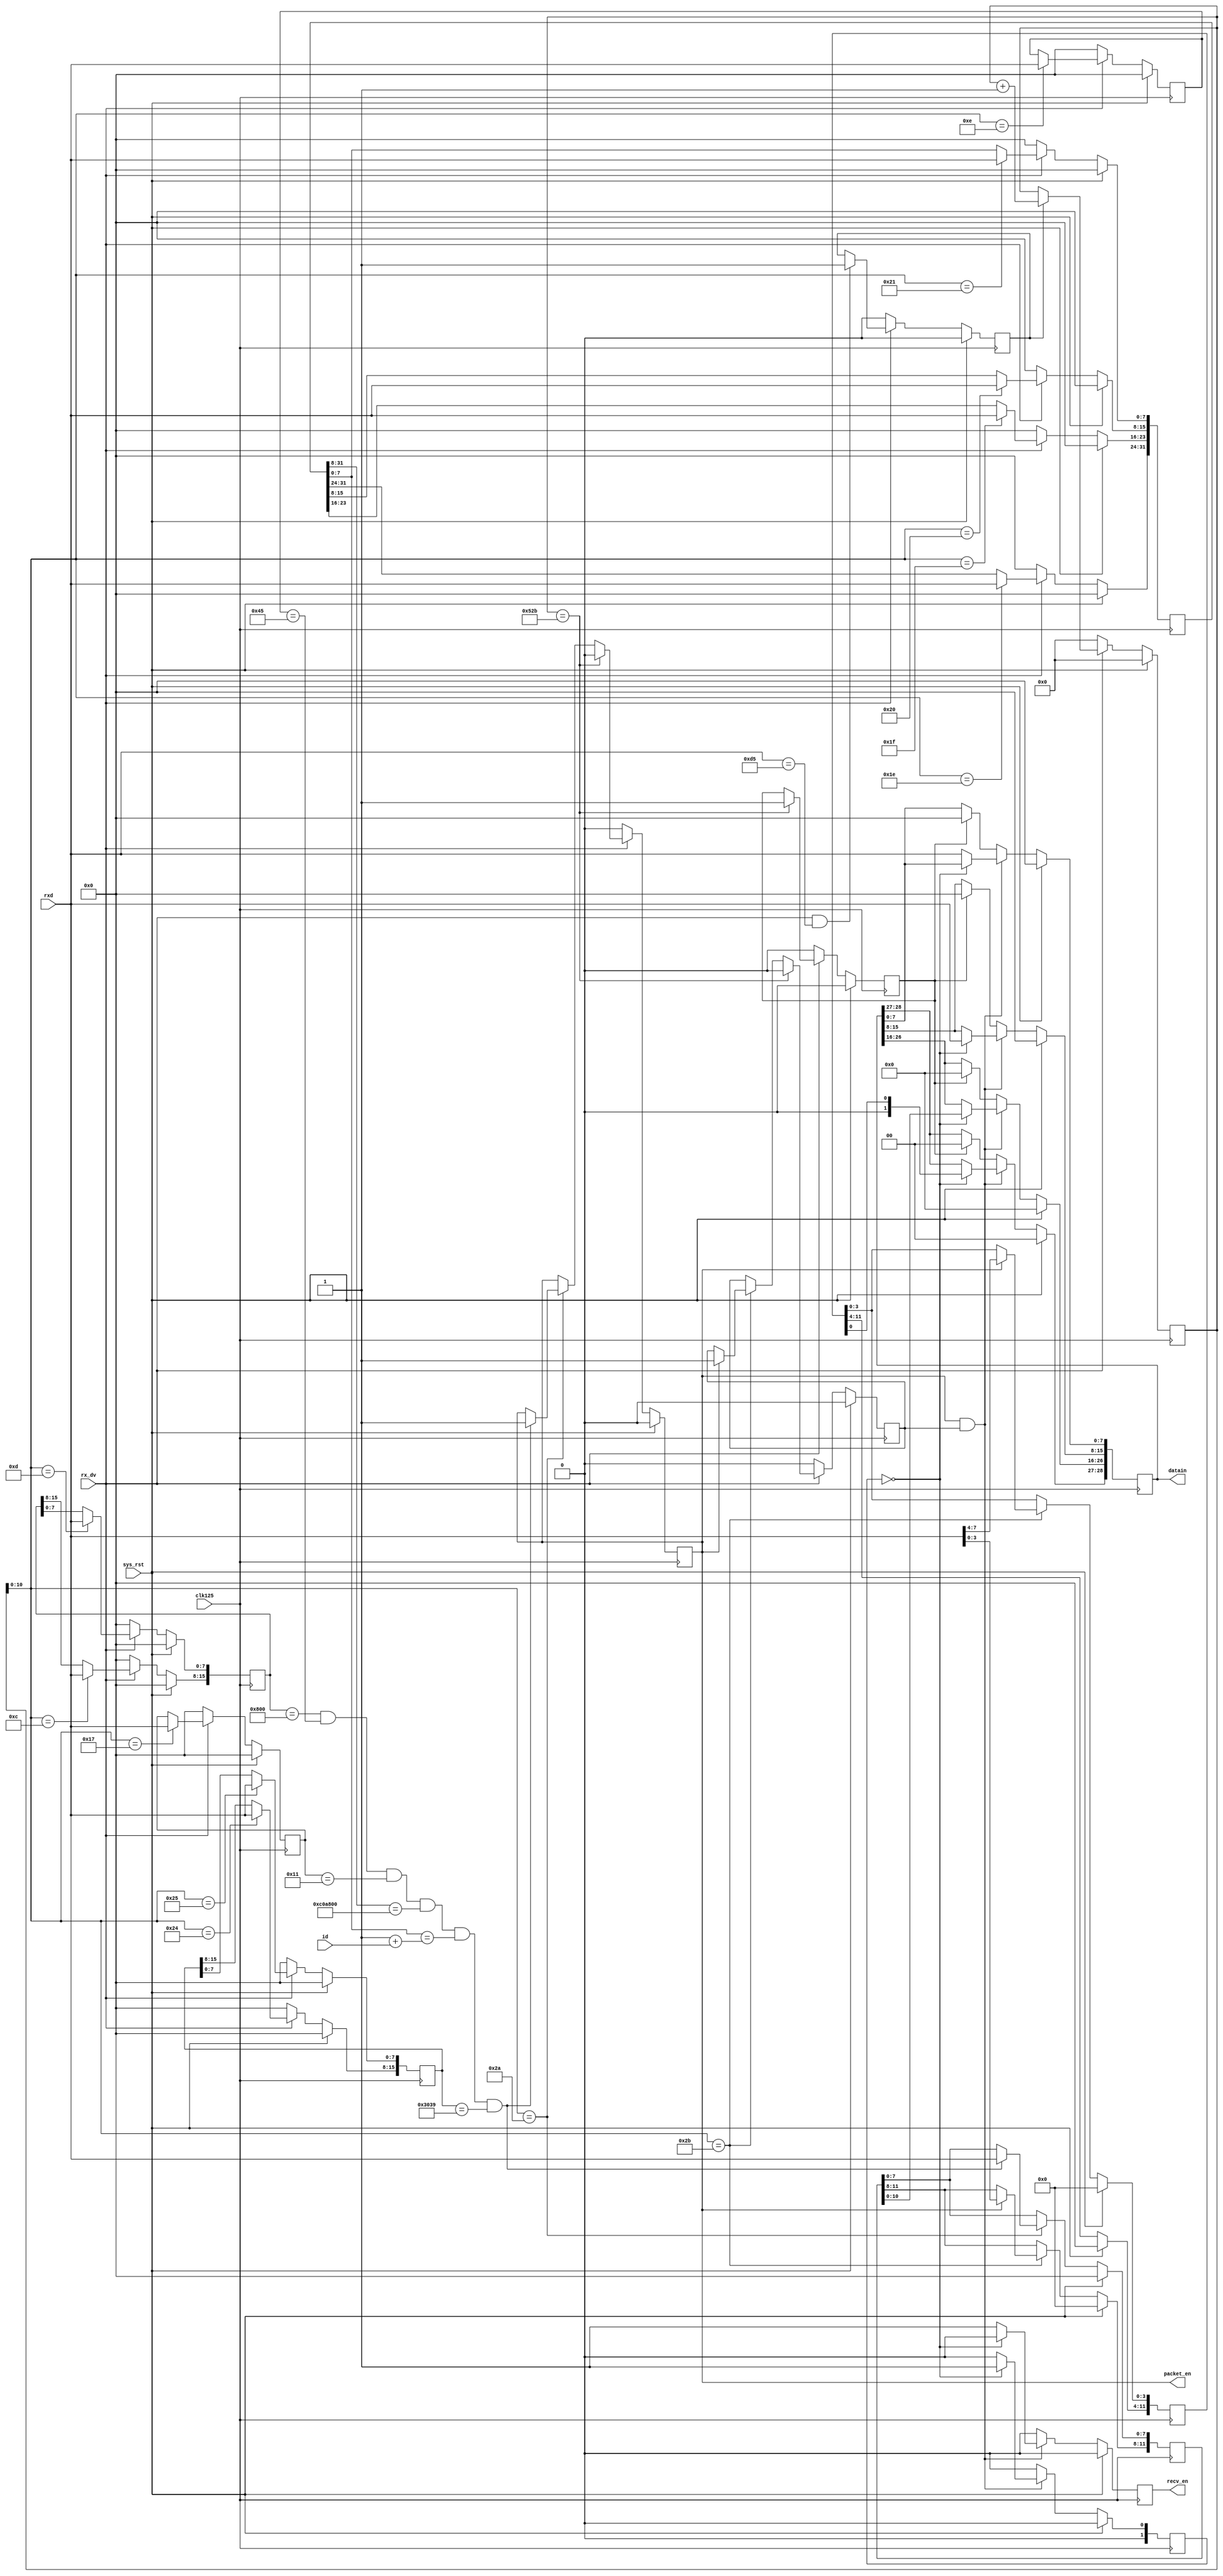
`timescale 1ns / 1ps

module gmii2fifo24#(
	parameter [31:0] ipv4_dst_rec  = {8'd192, 8'd168, 8'd0, 8'd1},
	parameter [15:0] dst_port_rec  = 16'd12345,
	parameter [15:0] packet_size   = 16'd1280
)(
	input  wire        clk125,
	input  wire        sys_rst,
	input  wire        id,
	input  wire [7:0]  rxd,
	input  wire        rx_dv,
	output reg  [28:0] datain,
	output reg         recv_en,
	output wire        packet_en
);

/* ------------------------------------------ 
 *  Parameters for Ether/IP
 * ------------------------------------------ */
parameter [15:0] ethernet_type = 16'h0800;
parameter [7:0]  ip_version    = 8'h45;
parameter [7:0]  ip_protcol    = 8'h11;
`define YUV_MODE
reg        packet_dv;
reg [15:0] rx_count;

assign packet_en = packet_dv;

//---------------------------------------------------------
//  Ethernet Header & IP Header & UDP Header
//---------------------------------------------------------
reg [15:0] eth_type;
reg [7:0]  ip_ver;
reg [7:0]  ipv4_proto;
reg [31:0] ipv4_src;
reg [31:0] ipv4_dst;
reg [15:0] src_port;
reg [15:0] dst_port;

//----------------------------------------------------------
//
//  Counting the Recv Byte
//					& Check each Header
//----------------------------------------------------------
reg        pre_en;
reg        data_en;
reg        invalid;
reg [11:0] x_info;
reg [11:0] y_info;

always@(posedge clk125) begin
	if(sys_rst) begin
		rx_count    <= 16'd0;
		eth_type    <= 16'h0;
		ip_ver      <= 8'h0;
		ipv4_proto  <= 8'h0;
		ipv4_src    <= 32'h0;
		ipv4_dst    <= 32'h0;
		src_port    <= 16'h0;
		dst_port    <= 16'h0;
		packet_dv   <= 1'b0;
		x_info      <= 12'h0;
		y_info      <= 12'h0;
		pre_en      <= 1'b0;
		data_en     <= 1'b0;
		invalid     <= 1'b0;
	end else begin
	  if(rx_dv && rxd == 8'hd5)
			data_en <= 1'b1;
		if(data_en)
			rx_count <= rx_count + 16'd1;

		case(rx_count[10:0])
			11'h0c: eth_type  [15:8]  <= rxd;
			11'h0d: eth_type  [7:0]   <= rxd;
			11'h0e: ip_ver    [7:0]   <= rxd;
			11'h17: ipv4_proto[7:0]   <= rxd;
			11'h1a: ipv4_src  [31:24] <= rxd;
			11'h1b: ipv4_src  [23:16] <= rxd;
			11'h1c: ipv4_src  [15:8]  <= rxd;
			11'h1d: ipv4_src  [7:0]   <= rxd;
			11'h1e: ipv4_dst  [31:24] <= rxd;
			11'h1f: ipv4_dst  [23:16] <= rxd;
			11'h20: ipv4_dst  [15:8]  <= rxd;
			11'h21: ipv4_dst  [7:0]   <= rxd;
			11'h22: src_port  [15:8]  <= rxd;
			11'h23: src_port  [7:0]   <= rxd;
			11'h24: dst_port  [15:8]  <= rxd;
			11'h25: dst_port  [7:0]   <= rxd;
			11'h2a: begin
				if(eth_type[15:0] == ethernet_type &&
					ip_ver    [7:0]  == ip_version &&
					ipv4_proto[7:0]  == ip_protcol &&
					ipv4_dst  [31:8] == ipv4_dst_rec[31:8] &&
					ipv4_dst  [7:0]  == (ipv4_dst_rec[7:0] + {7'd0, id}) &&
					dst_port  [15:0] == dst_port_rec) begin
					packet_dv 	<= 1'b1;
					y_info[7:0]	<= rxd;
				end
			end
			11'h2b: if(packet_dv) begin
				y_info[11:8]  <= rxd[3:0];
				x_info[3:0]   <= rxd[7:4];
				pre_en        <= 1'b1;
			end
			//11'd1323: begin // before 11'd1005
			//	packet_dv <= 1'b0;
			//	invalid   <= 1'b1;
			//	pre_en    <= 1'b0;
			//end
		endcase
		if (rx_count == packet_size + 16'd43) begin
			packet_dv <= 1'b0;
			invalid   <= 1'b1;
			pre_en    <= 1'b0;
		end
		if(~rx_dv) begin
			data_en     <=  1'd0;
			rx_count    <= 11'd0;
			eth_type    <= 16'h0;
			ip_ver      <=  8'h0;
			ipv4_proto  <=  8'h0;
			ipv4_src    <= 32'h0;
			ipv4_dst    <= 32'h0;
			src_port    <= 16'h0;
			dst_port    <= 16'h0;
			packet_dv   <=  1'b0;
			pre_en      <=  1'b0;
			invalid     <=  1'b0;
		end
	end
end

/* ----------------------------------------------------------
 *   Output Data for FIFO
 * ----------------------------------------------------------*/

parameter YUV_1 = 1'b0;
parameter YUV_2 = 1'b1;

reg [1:0]  state_data;
reg [10:0] d_cnt;


always@(posedge clk125) begin
	if(sys_rst) begin
		state_data  <= YUV_1;
		datain      <= 29'd0;
		recv_en     <= 1'd0;
		d_cnt       <= 11'd0;
	end else begin
		if(packet_dv && pre_en) begin
			if(state_data == YUV_1) begin
				datain[28:27]  <= {1'b0,x_info[0]};
				datain[26:16]  <= y_info[10:0];
				datain[15:8]   <= rxd;
				state_data     <= YUV_2;
				recv_en        <= 1'b0;
			end else begin
				recv_en      <= 1'b1;
				state_data   <= YUV_1;
				datain[7:0]  <= rxd;
				d_cnt        <= d_cnt + 11'd1;
			end			
		end else begin
			state_data  <= YUV_1;
			if(invalid) begin
				datain    <= 29'd0;
				recv_en   <= 1'b0;
				d_cnt     <= 11'd0;
			end else begin
				recv_en   <= 1'b0;
				d_cnt     <= 11'd0;
			end
		end
	end
end

endmodule